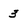
Character: 3